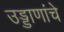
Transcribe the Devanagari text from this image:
उड्डाणांचे